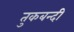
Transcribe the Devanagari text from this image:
तुकबन्दी